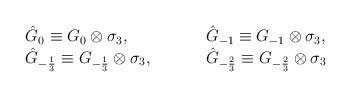
LaTeX: \begin{align*}\begin{array}{lcccl} \hat G_{0} \equiv G_{0}\otimes \sigma_3, &&&&\hat G_{-1} \equiv G_{-1}\otimes \sigma_3,\\ \hat G_{-\frac{1}{3}} \equiv G_{-\frac{1}{3}}\otimes \sigma_3, &&&& \hat G_{-\frac{2}{3}} \equiv G_{-\frac{2}{3}}\otimes \sigma_3\end{array}\end{align*}